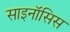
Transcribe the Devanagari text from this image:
साइनॉसिस